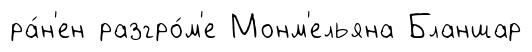
ра́н'ен разгро́м'е Монм'ельяна Бланшар